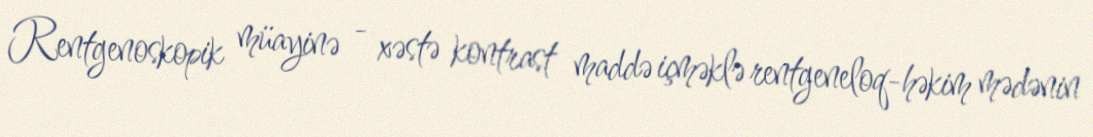
Rentgenoskopik müayinə - xəstə kontrast maddə içməklə rentgeneloq-həkim mədənin